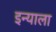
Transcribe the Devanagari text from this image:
इन्याला